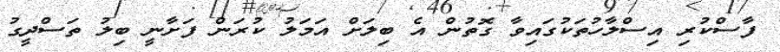
ފާސްކުރި އިސްލާހުތަކުގައިވާ ގޮތުން އެ ބިލަށް އަމަލު ކުރަން ފަށާނީ ބިލު ތަސްދީގު